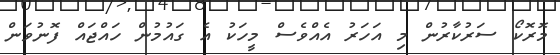
މޮރޮކޯ ސަރުކާރުން މި އަހަރު އެއްވެސް މީހަކު އެ ގައުމުން ހައްޖައް ފޮނުވަން